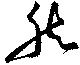
然